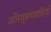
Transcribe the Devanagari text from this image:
अतिसूक्ष्मवादियों